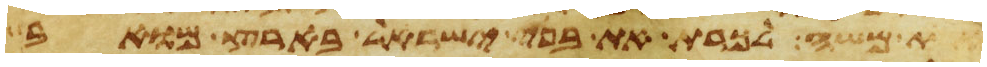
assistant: את משה לכרת את בני ישראל בארץ מואב